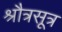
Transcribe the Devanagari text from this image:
श्रौत्रसूत्र